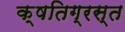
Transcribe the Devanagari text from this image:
क्षतिग्रस्‍त